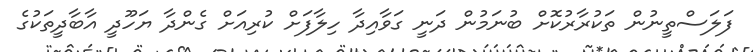
ފަލަސްތީނުން ތަކުރާރުކޮށް ބުނަމުން ދަނީ ގަވާއިދާ ހިލާފަށް ކުރިއަށް ގެންދާ ޔަހޫދީ އާބާދީތަކުގެ